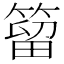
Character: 𥰣